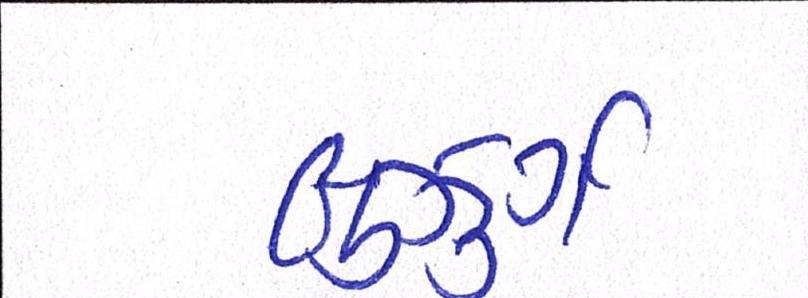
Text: બુઝુર્ગ